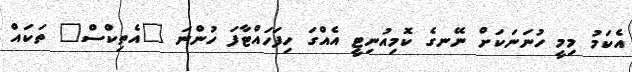
އެކަމު މިމީ ހުނަނަކަށް ނޭނގެ ކޮމިއުނިޓީ އެއްގަ ހިފަހައްޓާފަ ހުންނަ "އެތިކްސް" ތަކައް